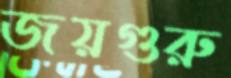
জয়গুরু